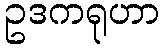
ဥဒကရုဟာ